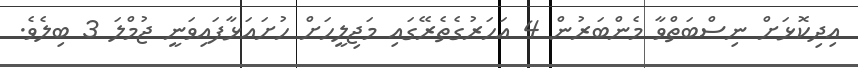
އިދިކޮޅަށް ނިސްބަތްވާ މެންބަރުން 4 އަހަރުގެތެރޭގައި މަޖިލީހަށް ހުށައަޅާފައިވަނީ ޖުމްލަ 3 ބިލެވެ.